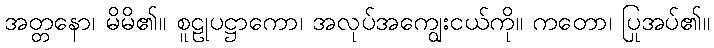
အတ္တနော၊ မိမိ၏။ စူဠုပဋ္ဌာကော၊ အလုပ်အကျွေးငယ်ကို။ ကတော၊ ပြုအပ်၏။